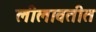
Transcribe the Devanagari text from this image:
लीलावतीत